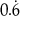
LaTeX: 0 . { \dot { 6 } }